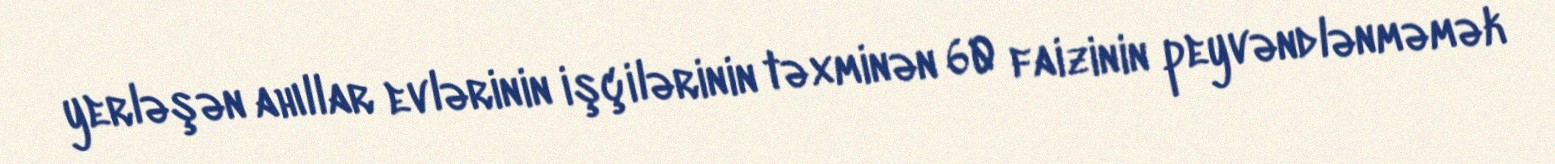
yerləşən ahıllar evlərinin işçilərinin təxminən 60 faizinin peyvəndlənməmək